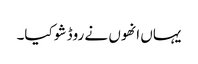
یہاں انھوں نے روڈ شو کیا۔